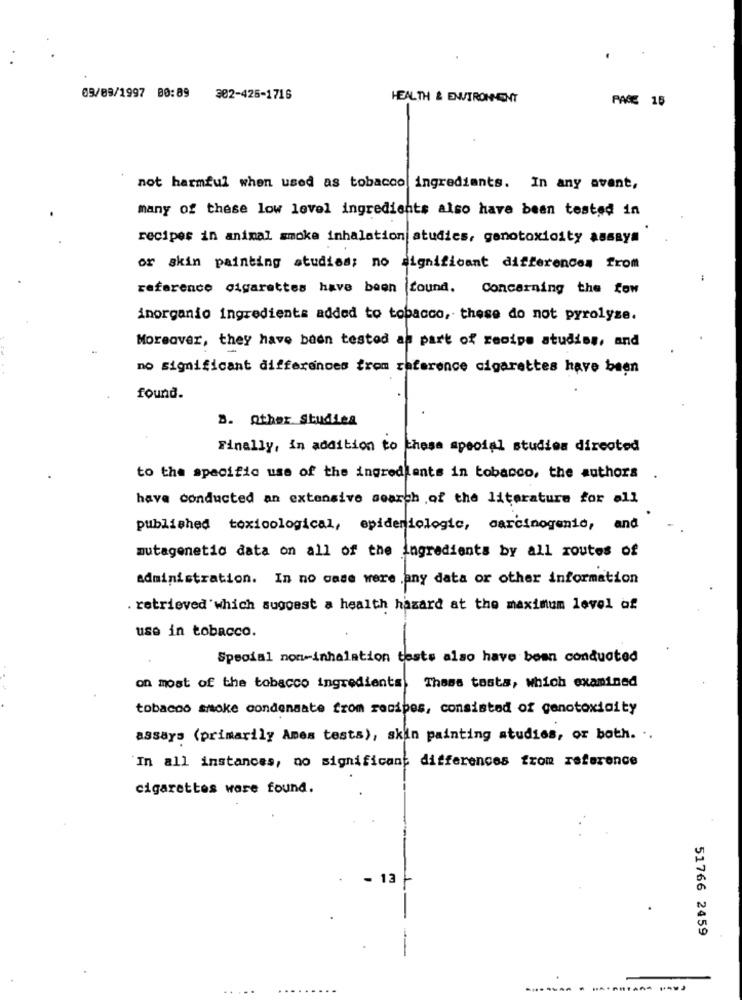
09/09/1997 00:89 302-425-1716
HEALTH & ENVIRONMENT
PAGE 15
-
not harmful when used as tobacco ingrediants. In any avant,
many of these low level ingredients also have been tested in
recipes in animal smoke inhalation atudies, genotoxicity assays
or skin painting studies; no significant differences from
reference cigarettes have been found. Concerning the fow
inorganio ingredients added to tobacco, these do not pyrolyse.
Moreover, they have been tested ap part of recipe atudiss, and
no significant differences from reference cigarettes have been
found.
B. Other Studies
Finally, in addition to these special studies directed
to the specific use of the ingredients in tobacco, the authors .
have conducted an extensive search of the literature for all
published toxicological, epidemiologic, carcinogenic, and
mutagenetic data on all of the ingredients by all routes of
administration. In no case were any data or other information
. retrieved 'which suggest a health hazard at the maximum level of
use in tobacco.
Special non-inhalation tests also have been conducted
These tests, which examined
on most of the tobacco ingredients
tobacco smoke condenaate from recipes, consisted of genotoxicity
assays (primarily Ames tests), skin painting studies, or both. ..
'In all instances, no significant differences from reference
cigarettes were found.
- 13
51766 2459